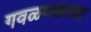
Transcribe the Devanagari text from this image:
गवळणकाला